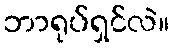
ဘာရုပ်ရှင်လဲ။